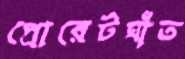
প্রোরেটঘাঁত